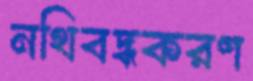
নথিবদ্ধকরণ